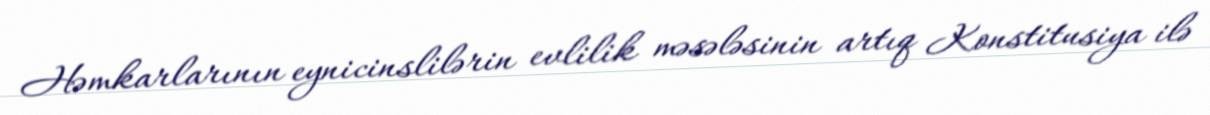
Həmkarlarının eynicinslilərin evlilik məsələsinin artıq Konstitusiya ilə